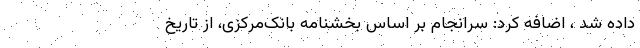
داده شد ، اضافه کرد: سرانجام بر اساس بخشنامه‌ بانک‌مرکزی، از تاریخ